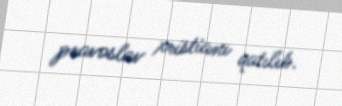
pravoslav xristianı qatılıb.